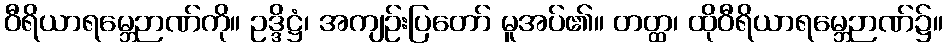
ဝီရိယာရမ္ဘေဉာဏ်ကို။ ဥဒ္ဒိဋ္ဌံ၊ အကျဉ်းပြတော် မူအပ်၏။ တတ္ထ၊ ထိုဝီရိယာရမ္ဘေဉာဏ်၌။